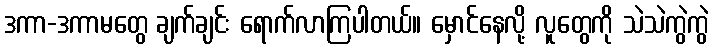
ဒကာ-ဒကာမတွေ ချက်ချင်း ရောက်လာကြပါတယ်။ မှောင်နေလို့ လူတွေကို သဲသဲကွဲကွဲ